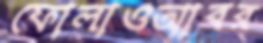
ফোলাওআবর্